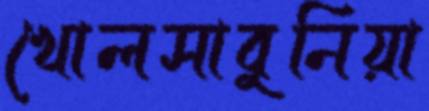
খোলসাবুনিয়া